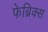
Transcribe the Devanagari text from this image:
फेब्रिक्स